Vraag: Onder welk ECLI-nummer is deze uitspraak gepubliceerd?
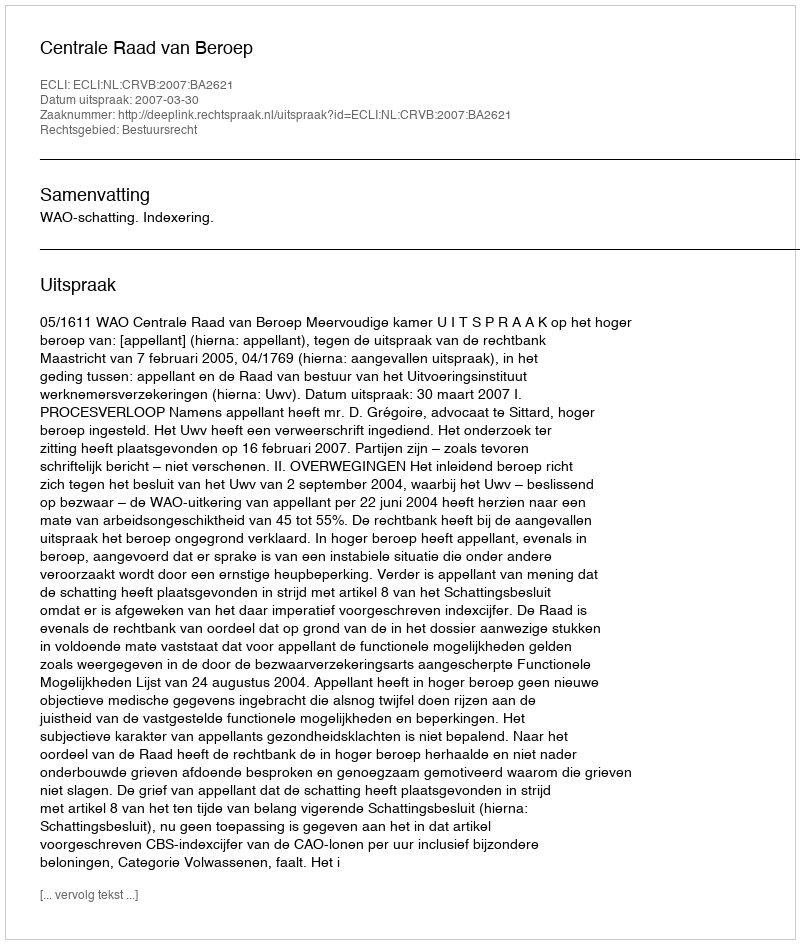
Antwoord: ECLI:NL:CRVB:2007:BA2621